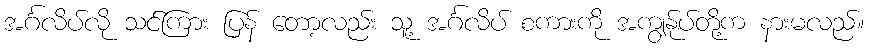
အင်္ဂလိပ်လို သင်ကြား ပြန် တော့လည်း သူ့ အင်္ဂလိပ် စကားကို အကျွန်ုပ်တို့က နားမလည်။